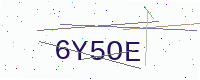
Text: 6Y5OE